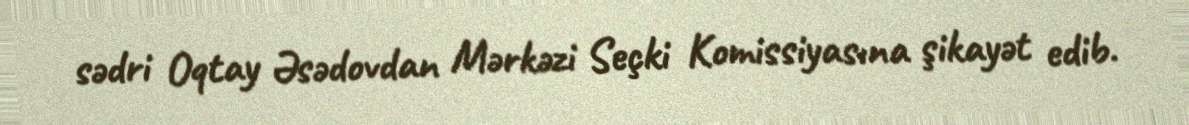
sədri Oqtay Əsədovdan Mərkəzi Seçki Komissiyasına şikayət edib.